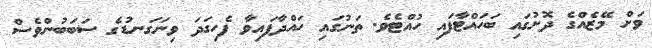
ވަށް މޭޒެއްގެ ދޮށުގައި ބަހައްޓާފައި ހުއްޓެވެ. ތަނުގައި ހައްދާފައިވާ ފެހިގަދަ ވިނަގަނޑުގެ ސަބަބުންވެސް